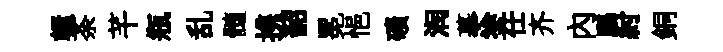
轘荼芊瓶乱髓携韶冕悒礦润摹塗仕齐内鸝紂銅